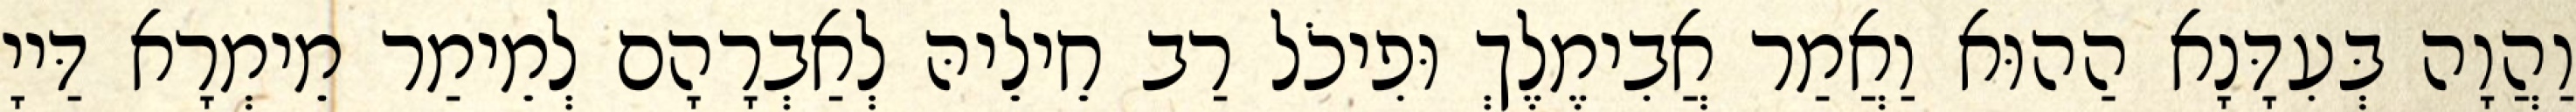
וַהֲוָה בְּעִדָּנָא הַהוּא וַאֲמַר אֲבִימֶלֶךְ וּפִיכֹל רַב חֵילֵיהּ לְאַבְרָהָם לְמֵימַר מֵימְרָא דַּייָ